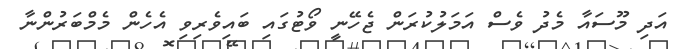
އަދި މޫސައާ މެދު ވެސް އަމަލުކުރަން ޖެހޭނީ ވޯޓުގައި ބައިވެރިވި އެހެން މެމްބަރުންނާ